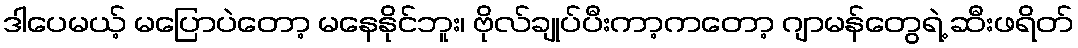
ဒါပေမယ့် မပြောပဲတော့ မနေနိုင်ဘူး၊ ဗိုလ်ချုပ်ပီးကာ့ကတော့ ဂျာမန်တွေရဲ့ ဆီးဖရိတ်